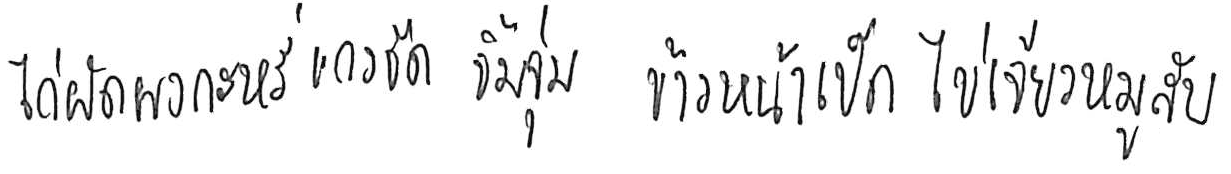
ไก่ผัดผงกะหรี่ แกงจืด จิ้มจุ่ม ข้าวหน้าเป็ด ไข่เจียวหมูสับ